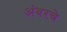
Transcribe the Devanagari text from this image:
अंबरचे